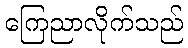
ကြေညာလိုက်သည်